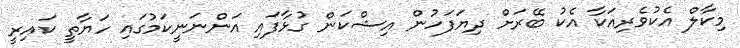
މިކާލް އެކުވެރިއަކާ އެކު ބޭރަށް ދިޔަފަހުން އިޝްކަން ގުޅާފައި އަންނަނީކަމުގައި ހަޔާތީ ކައިރީ